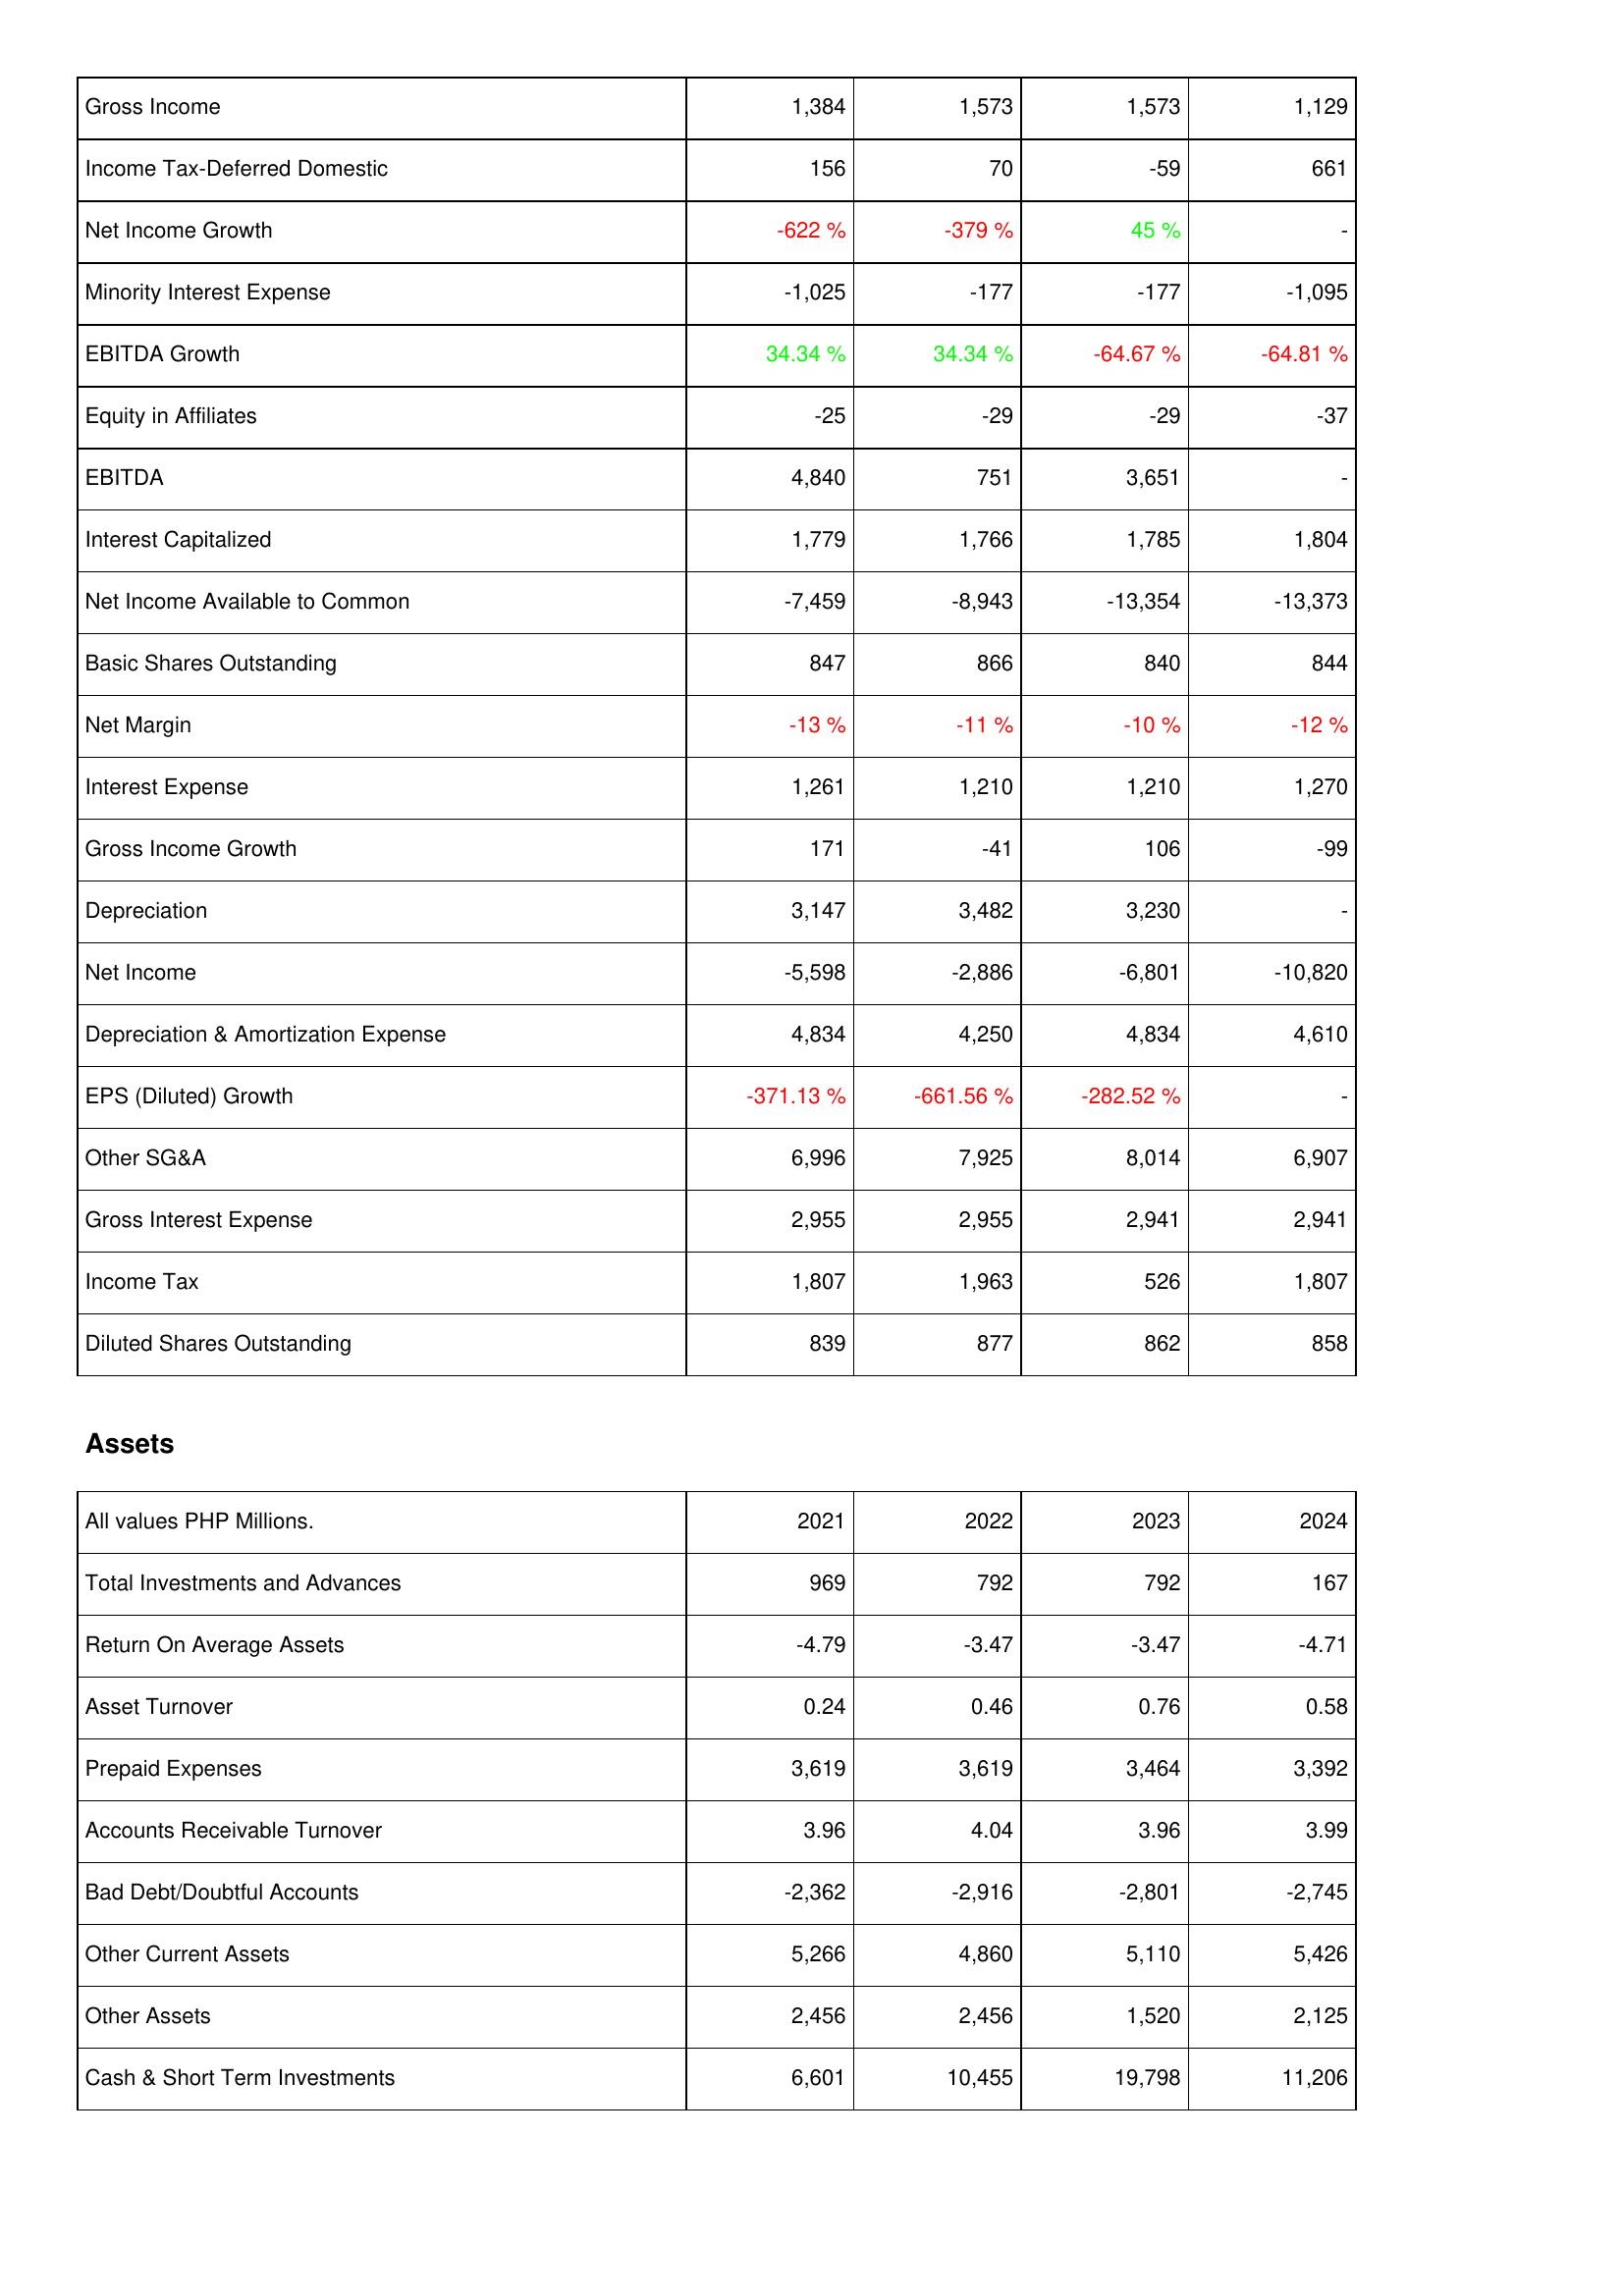
2021: Income Statement: Gross Income: 1,384
Income Tax-Deferred Domestic: 156
Net Income Growth: -622 %
Minority Interest Expense: -1,025
EBITDA Growth: 34.34 %
Equity in Affiliates: -25
EBITDA: 4,840
Interest Capitalized: 1,779
Net Income Available to Common: -7,459
Basic Shares Outstanding: 847
Net Margin: -13 %
Interest Expense: 1,261
Gross Income Growth: 171
Depreciation: 3,147
Net Income: -5,598
Depreciation & Amortization Expense: 4,834
EPS (Diluted) Growth: -371.13 %
Other SG&A: 6,996
Gross Interest Expense: 2,955
Income Tax: 1,807
Diluted Shares Outstanding: 839
Assets: Total Investments and Advances: 969
Return On Average Assets: -4.79
Asset Turnover: 0.24
Prepaid Expenses: 3,619
Accounts Receivable Turnover: 3.96
Bad Debt/Doubtful Accounts: -2,362
Other Current Assets: 5,266
Other Assets: 2,456
Cash & Short Term Investments: 6,601
2022: Income Statement: Gross Income: 1,573
Income Tax-Deferred Domestic: 70
Net Income Growth: -379 %
Minority Interest Expense: -177
EBITDA Growth: 34.34 %
Equity in Affiliates: -29
EBITDA: 751
Interest Capitalized: 1,766
Net Income Available to Common: -8,943
Basic Shares Outstanding: 866
Net Margin: -11 %
Interest Expense: 1,210
Gross Income Growth: -41
Depreciation: 3,482
Net Income: -2,886
Depreciation & Amortization Expense: 4,250
EPS (Diluted) Growth: -661.56 %
Other SG&A: 7,925
Gross Interest Expense: 2,955
Income Tax: 1,963
Diluted Shares Outstanding: 877
Assets: Total Investments and Advances: 792
Return On Average Assets: -3.47
Asset Turnover: 0.46
Prepaid Expenses: 3,619
Accounts Receivable Turnover: 4.04
Bad Debt/Doubtful Accounts: -2,916
Other Current Assets: 4,860
Other Assets: 2,456
Cash & Short Term Investments: 10,455
2023: Income Statement: Gross Income: 1,573
Income Tax-Deferred Domestic: -59
Net Income Growth: 45 %
Minority Interest Expense: -177
EBITDA Growth: -64.67 %
Equity in Affiliates: -29
EBITDA: 3,651
Interest Capitalized: 1,785
Net Income Available to Common: -13,354
Basic Shares Outstanding: 840
Net Margin: -10 %
Interest Expense: 1,210
Gross Income Growth: 106
Depreciation: 3,230
Net Income: -6,801
Depreciation & Amortization Expense: 4,834
EPS (Diluted) Growth: -282.52 %
Other SG&A: 8,014
Gross Interest Expense: 2,941
Income Tax: 526
Diluted Shares Outstanding: 862
Assets: Total Investments and Advances: 792
Return On Average Assets: -3.47
Asset Turnover: 0.76
Prepaid Expenses: 3,464
Accounts Receivable Turnover: 3.96
Bad Debt/Doubtful Accounts: -2,801
Other Current Assets: 5,110
Other Assets: 1,520
Cash & Short Term Investments: 19,798
2024: Income Statement: Gross Income: 1,129
Income Tax-Deferred Domestic: 661
Net Income Growth: -
Minority Interest Expense: -1,095
EBITDA Growth: -64.81 %
Equity in Affiliates: -37
EBITDA: -
Interest Capitalized: 1,804
Net Income Available to Common: -13,373
Basic Shares Outstanding: 844
Net Margin: -12 %
Interest Expense: 1,270
Gross Income Growth: -99
Depreciation: -
Net Income: -10,820
Depreciation & Amortization Expense: 4,610
EPS (Diluted) Growth: -
Other SG&A: 6,907
Gross Interest Expense: 2,941
Income Tax: 1,807
Diluted Shares Outstanding: 858
Assets: Total Investments and Advances: 167
Return On Average Assets: -4.71
Asset Turnover: 0.58
Prepaid Expenses: 3,392
Accounts Receivable Turnover: 3.99
Bad Debt/Doubtful Accounts: -2,745
Other Current Assets: 5,426
Other Assets: 2,125
Cash & Short Term Investments: 11,206